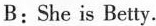
B: She is Betty.